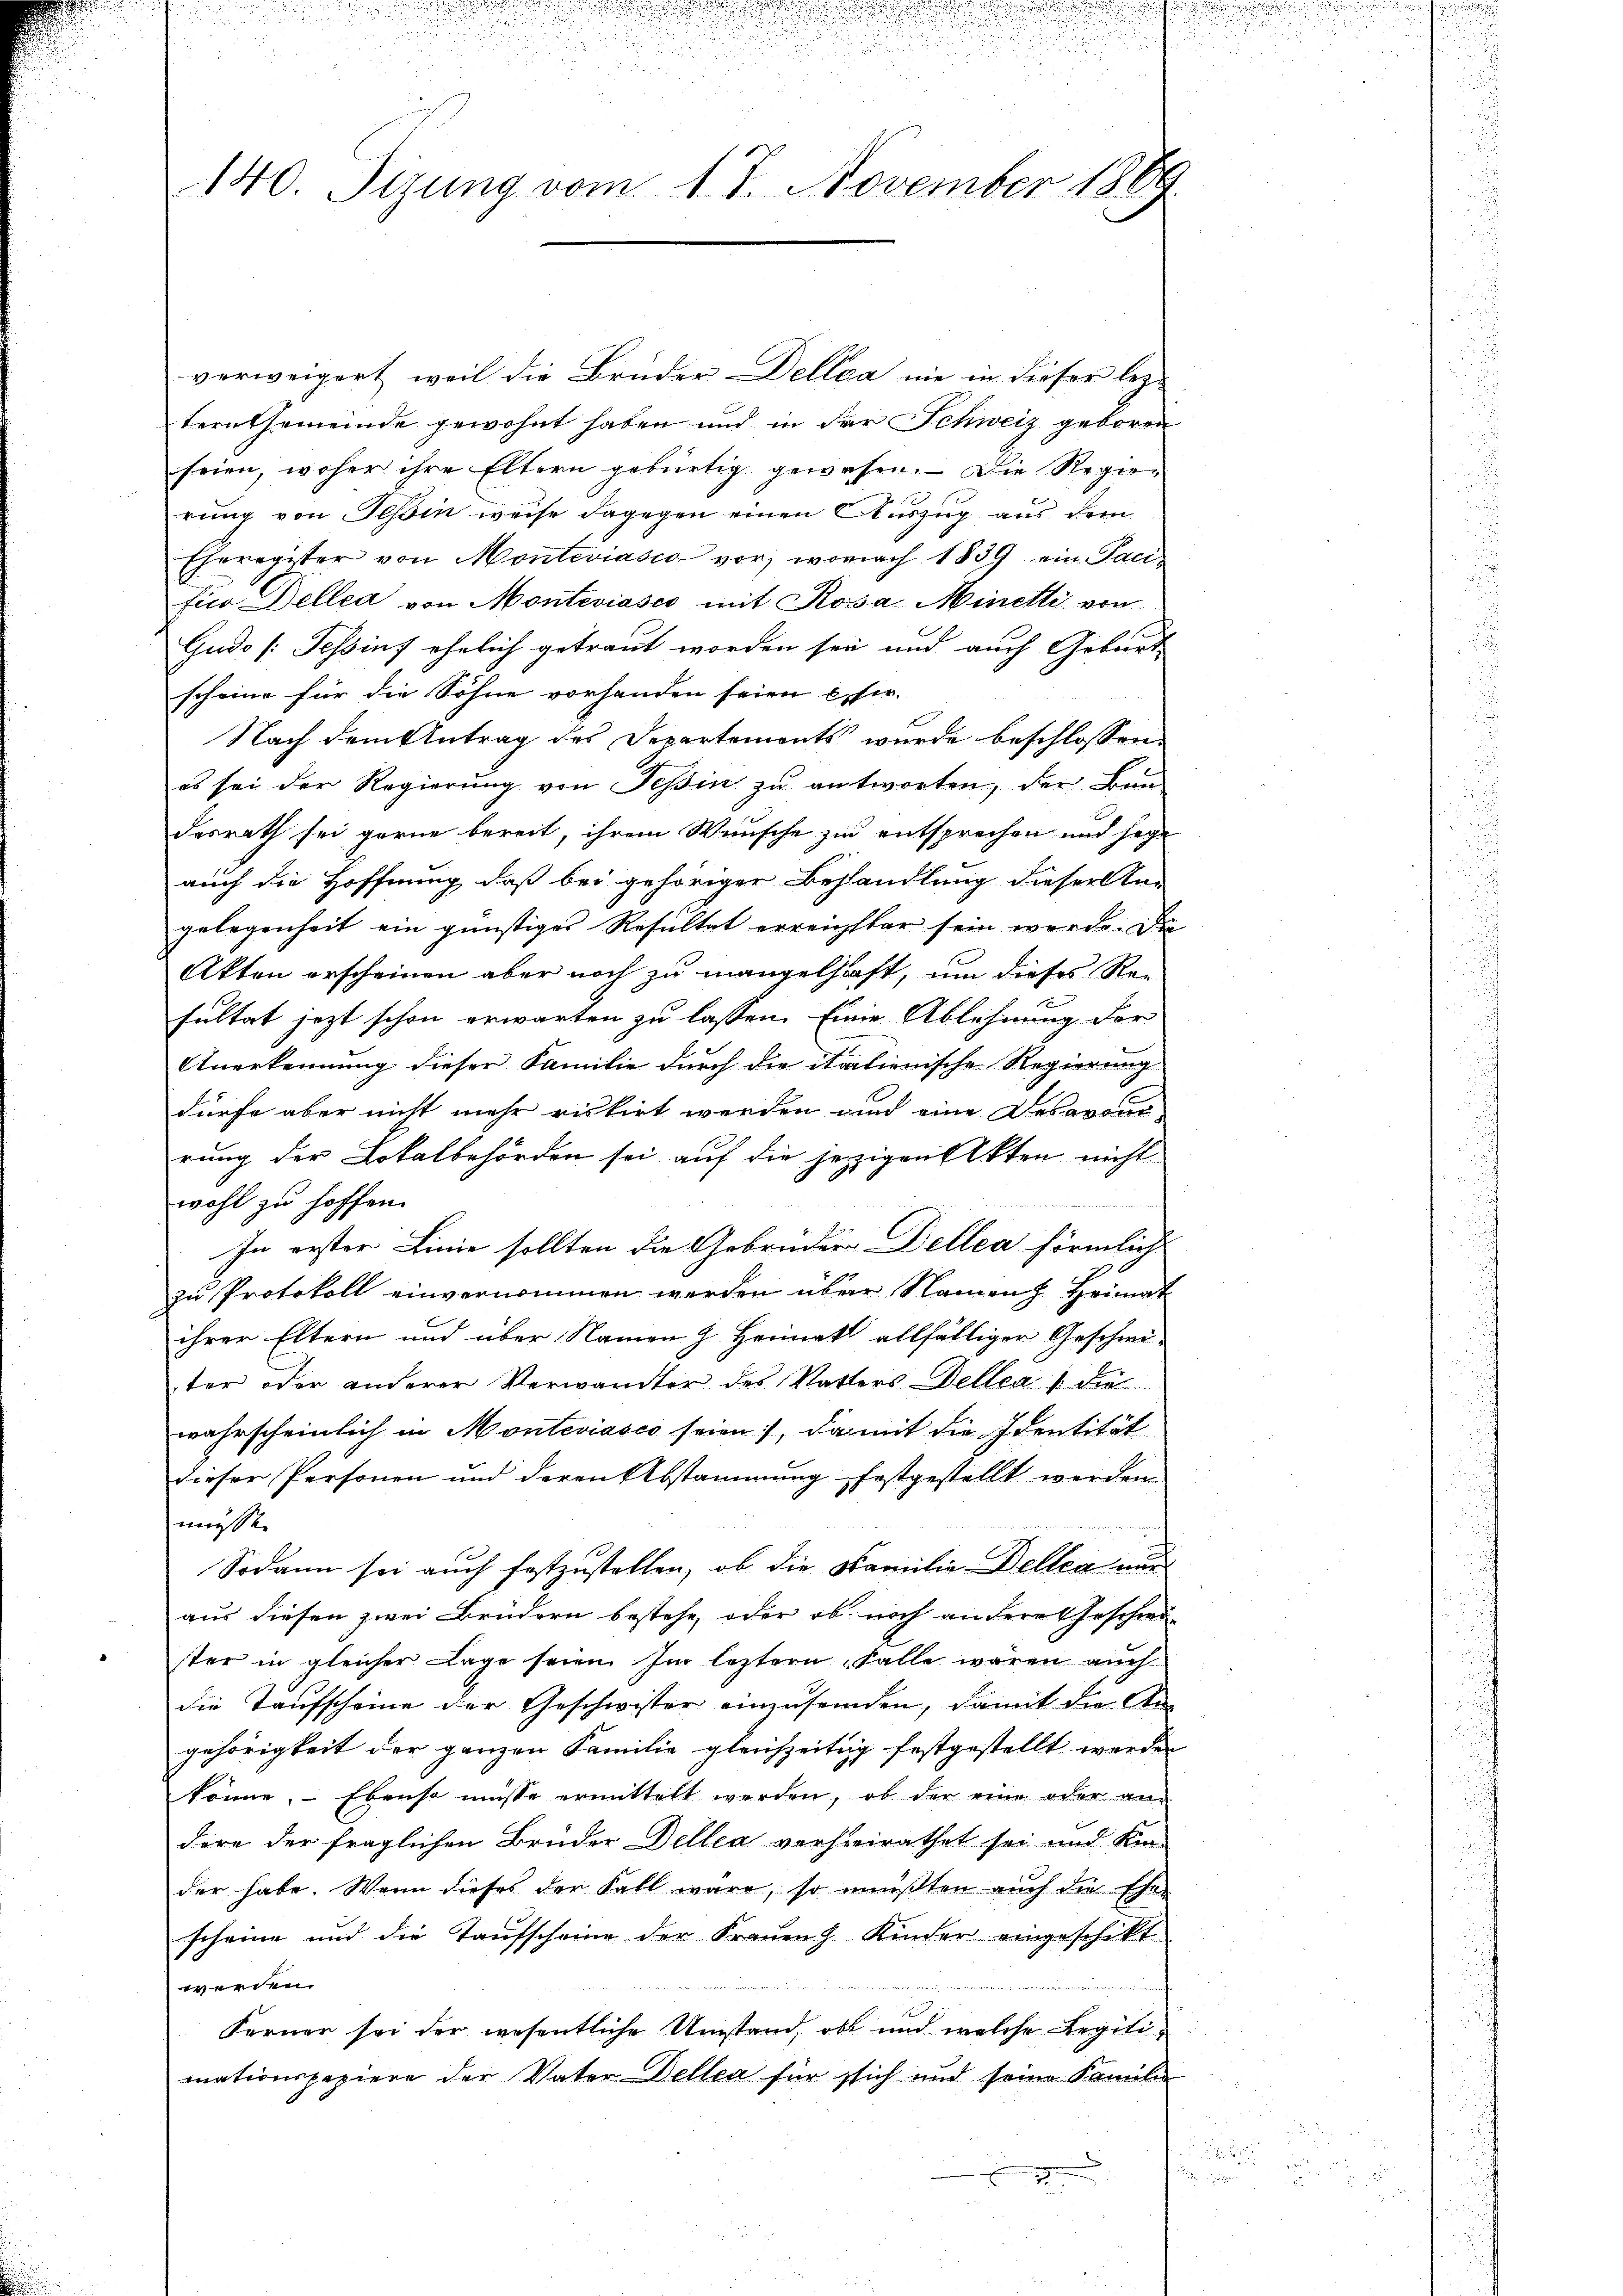
, 15
140. Sizung vom 17. November 1889

verweigert, weil die Brüder Dellea nie in dieser leztern Gemeinde gewohnt haben und in der Schweiz geboren
seien, woher ihre Eltern gebürtig gewesen. — Die Regierung von Teßin weise dagegen einen Auszug aus dem
Eheregister von Monteviasco vor, wonach 1839 ein Paci
fico Dellea von Monteviasco mit Rosa Minetti von
Gudo [Tessin ehelich getraut worden sei und auch Geburt
scheine für die Söhne vorhanden seien chir
Nach dem Antrag des Departements wurde beschlossen:
es sei der Regierung von Teßin zu antworten, der Baudesrath sei gerne bereit, ihrem Wunsche zu entsprechen und sage
auch die Hoffnung, daß bei gehöriger Behandlung dieser Ann
gelegenheit ein günstiger Resultat erreichster sein werde. Die
Akten erscheinen aber noch zu mangelhaft, um dieses Re-
sultat jezt schon erwarten zu lassen. Eine Ablehnung der
Anerkennung dieser Familie durch die italienische Regierung
dürfe aber nicht mehr riskirt werden und eine Delavonirung der Lokalbehörden sei auf die jetzigen Akten nicht
wohl zu hoffen.
In erster Linie sollten die Gebrüder Dellea förmlich
zu Protokoll einvernommen werden über Namen Heimat
ihrer Eltern und über Namen z. Heimat allfälliger Geschwi-
ter oder anderer Verwandter des Vatters Dellen (die
wahrscheinlich in Monteviasco seien), damit die Identität
dieser Personen und deren Abstammung festgestellt werden
müsse
Sodann sei auch festzustellen, ob die Familie Dellen nur
aus diesen zwei Brüdern bestehe, oder ob noch an dere Geschwäster in gleicher Lage seien. Im leztern Falle waren auch
die Taufscheine der Geschwister einzusenden, damit die Angehörigkeit der ganzen Familie gleichzeitig festgestellt werden
könne. Ebenso müsse ermittelt werden, ob der eine oder an-
diere der fraglichen Bruder Dellen verheirathet sei und Kin-
der habe. Wenn dieses der Fall wäre, so müßten auch die Ehe-
scheine und die Taufscheine der Frauen Kinder eingeschikt
werden.
Ferner sei der wesentliche Umstand, ob und welche Legilimationspapiere der Vater Dellen für sich und seine Familie
3

.